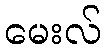
မေးလ်